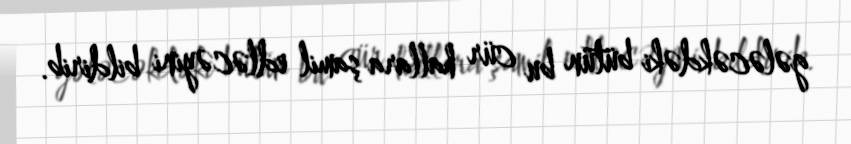
gələcəkdəki bütün bu cür hallara şamil edləcəyini bildirib.